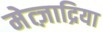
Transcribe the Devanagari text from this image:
मेत्ज़ाद्रिया